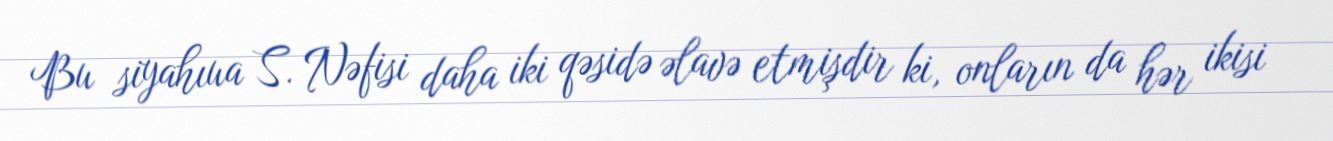
Bu siyahıua S. Nəfisi daha iki qəsidə əlavə etmişdir ki, onların da hər ikisi